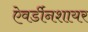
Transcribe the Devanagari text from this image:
ऐवर्डीनशायर